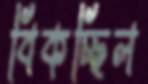
বিকচ্ছিল